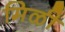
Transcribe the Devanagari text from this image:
मिळी